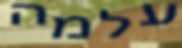
עלמה